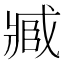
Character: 𮍐